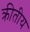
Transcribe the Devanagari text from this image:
क्रीतीय